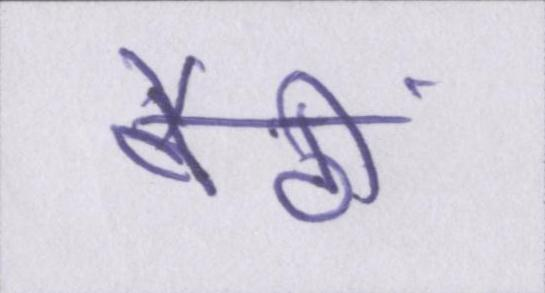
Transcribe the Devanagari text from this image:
बैठीं